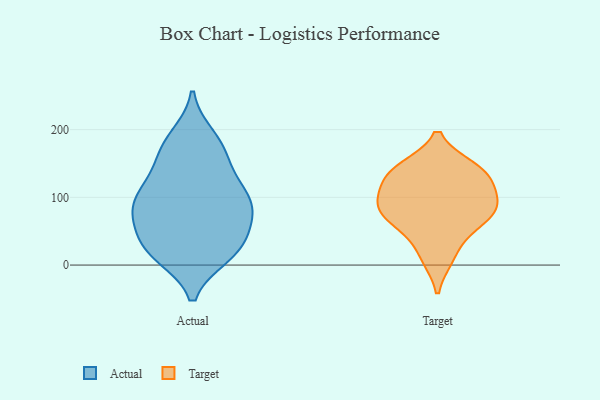
{"axis": {"x": "Customer Acquisition Cost (USD)", "y": "Value"}, "legend": ["Actual", "Target"], "data": [{"x": "", "y": 90, "type": "Actual"}, {"x": "", "y": 63, "type": "Actual"}, {"x": "", "y": 123, "type": "Actual"}, {"x": "", "y": 71, "type": "Actual"}, {"x": "", "y": 86, "type": "Actual"}, {"x": "", "y": 95, "type": "Actual"}, {"x": "", "y": 14, "type": "Actual"}, {"x": "", "y": 40, "type": "Actual"}, {"x": "", "y": 159, "type": "Actual"}, {"x": "", "y": 29, "type": "Actual"}, {"x": "", "y": 14, "type": "Actual"}, {"x": "", "y": 169, "type": "Actual"}, {"x": "", "y": 72, "type": "Actual"}, {"x": "", "y": 17, "type": "Actual"}, {"x": "", "y": 28, "type": "Actual"}, {"x": "", "y": 100, "type": "Actual"}, {"x": "", "y": 190, "type": "Actual"}, {"x": "", "y": 105, "type": "Actual"}, {"x": "", "y": 137, "type": "Actual"}, {"x": "", "y": 182, "type": "Actual"}, {"x": "", "y": 144, "type": "Target"}, {"x": "", "y": 125, "type": "Target"}, {"x": "", "y": 73, "type": "Target"}, {"x": "", "y": 91, "type": "Target"}, {"x": "", "y": 118, "type": "Target"}, {"x": "", "y": 48, "type": "Target"}, {"x": "", "y": 75, "type": "Target"}, {"x": "", "y": 145, "type": "Target"}, {"x": "", "y": 10, "type": "Target"}, {"x": "", "y": 91, "type": "Target"}]}